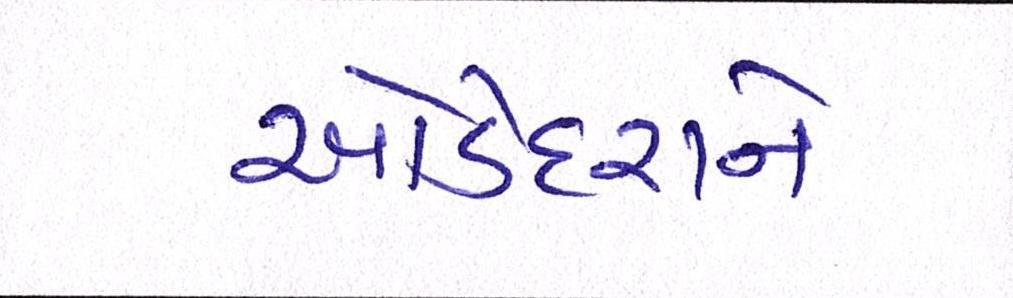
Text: ઓડેદરાને